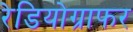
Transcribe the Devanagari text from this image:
रेडियोग्राफर